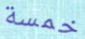
خمسة